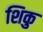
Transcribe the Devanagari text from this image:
शिकु